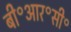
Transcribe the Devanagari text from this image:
बी॰आर॰सी॰